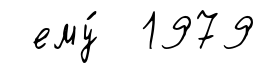
ему́ 1979